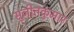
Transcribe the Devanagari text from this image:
सुजीतकुमार